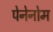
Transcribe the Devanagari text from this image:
पेनेनोम